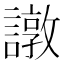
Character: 譈